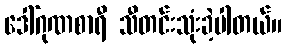
ဒေါ်ဂုဏစာရီ သီတင်းသုံးခဲ့ပါတယ်။